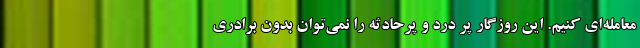
معامله‌ای کنیم. این روزگار پر درد و پرحادثه را نمی‌توان بدون برادری